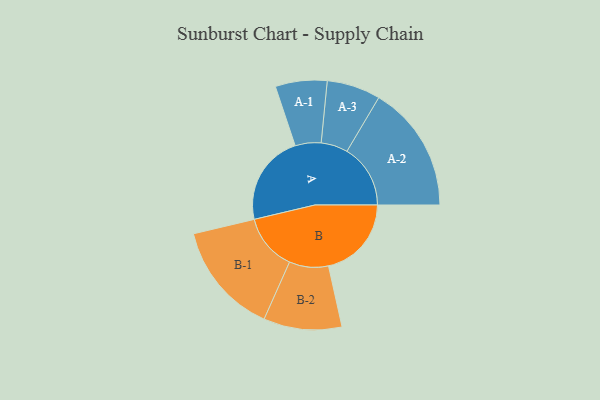
{"axis": {"x": "Segment", "y": "Value"}, "legend": ["", "A", "B"], "data": [{"x": "A", "y": 369, "type": ""}, {"x": "B", "y": 337, "type": ""}, {"x": "A-1", "y": 105, "type": "A"}, {"x": "A-2", "y": 258, "type": "A"}, {"x": "A-3", "y": 109, "type": "A"}, {"x": "B-1", "y": 229, "type": "B"}, {"x": "B-2", "y": 159, "type": "B"}]}